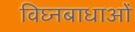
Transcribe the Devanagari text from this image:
विघ्नबाधाओं